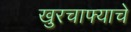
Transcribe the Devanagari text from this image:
खुरचाफ्याचे